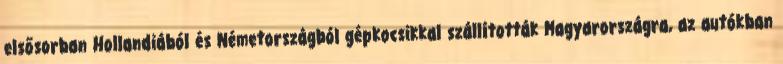
elsősorban Hollandiából és Németországból gépkocsikkal szállították Magyarországra, az autókban